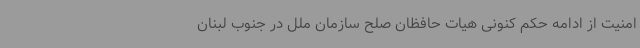
امنیت از ادامه حکم کنونی هیات حافظان صلح سازمان ملل در جنوب لبنان